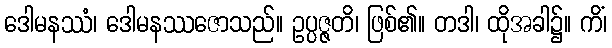
ဒေါမနဿံ၊ ဒေါမနဿဇောသည်။ ဥပ္ပဇ္ဇတိ၊ ဖြစ်၏။ တဒါ၊ ထိုအခါ၌။ ကိံ၊